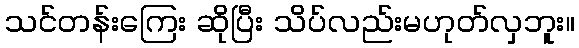
သင်တန်းကြေး ဆိုပြီး သိပ်လည်းမဟုတ်လှဘူး။